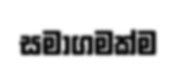
සමාගමක්ම